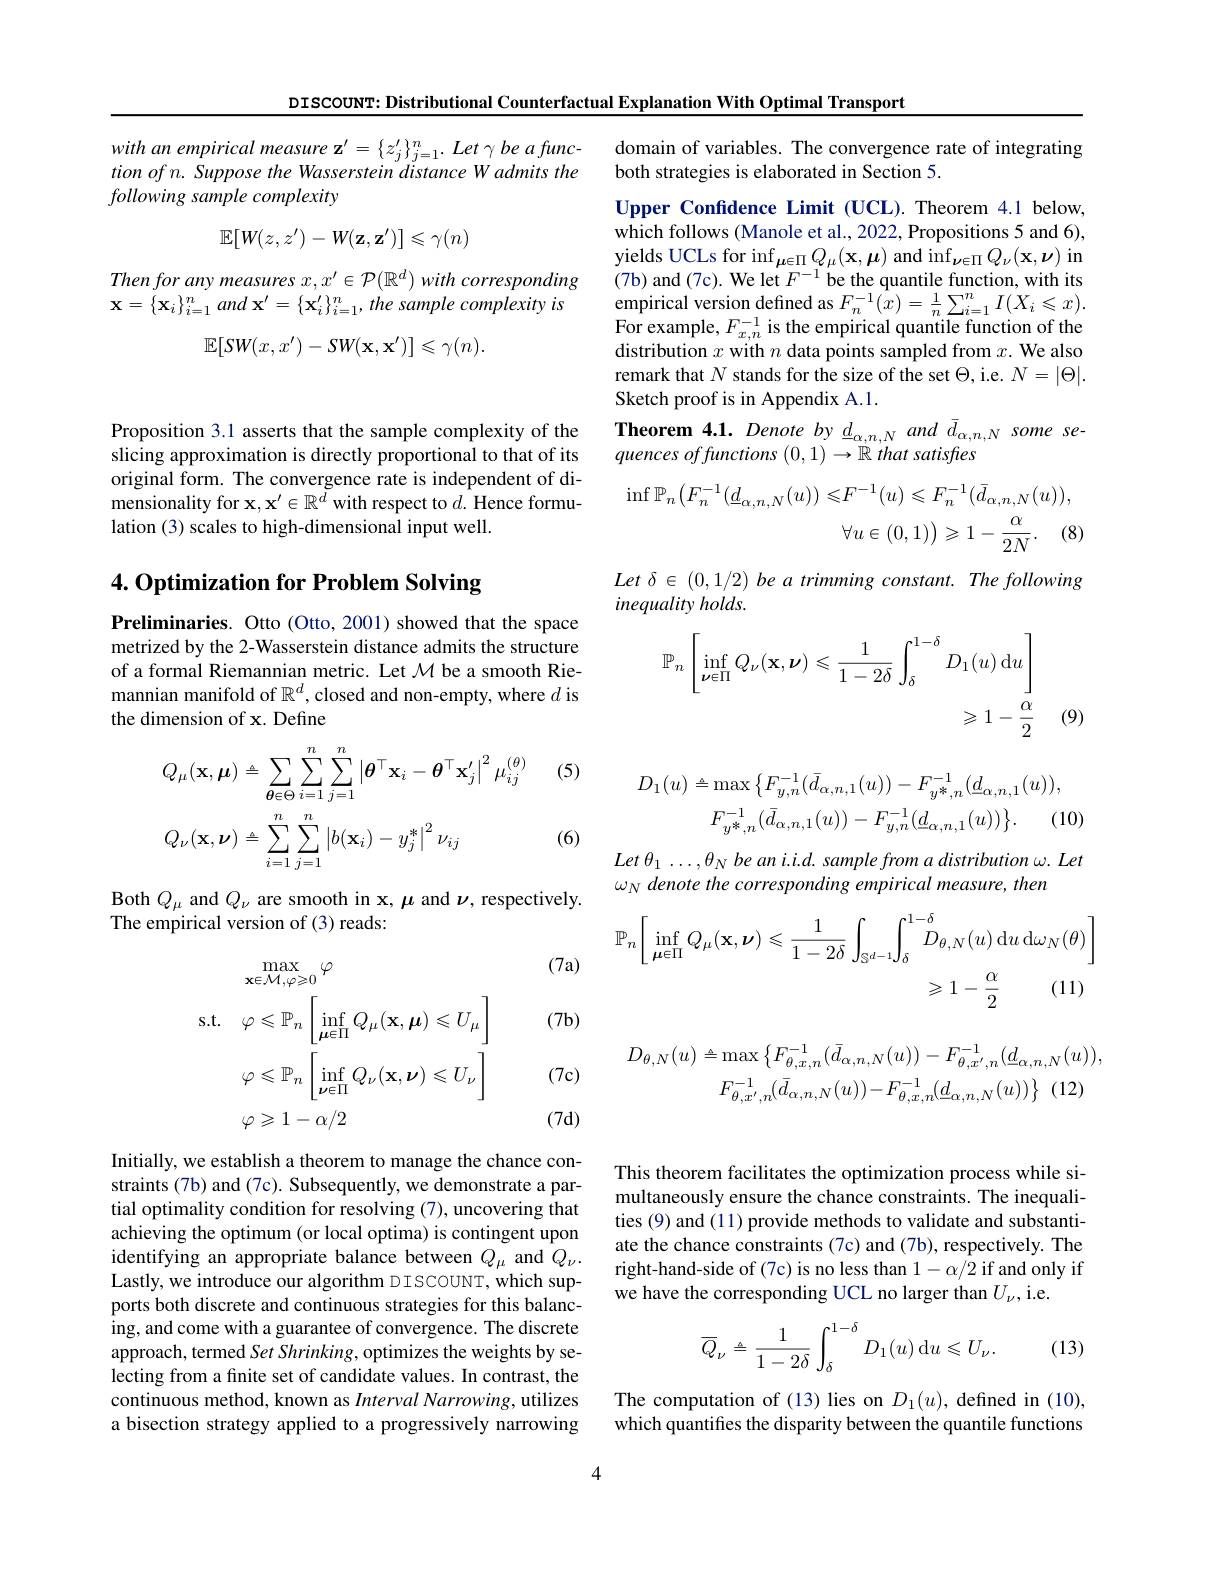
DISCOUNT: Distributional Counterfactual Explanation With Optimal Transport

Proposition 3.1 asserts that the sample complexity of the slicing approximation is directly proportional to that of its original form. The convergence rate is independent of dimensionality for $\mathbf{x},\mathbf{x}^\prime\in\mathbb{R}^d$ with respect to $d.$ Hence formulation (3) scales to high-dimensional input well.

# 4. Optimization for Problem Solving

Preliminaries. Otto (Otto, 2001) showed that the space metrized by the 2-Wasserstein distance admits the structure of a formal Riemannian metric. Let $\mathcal{M}$ be a smooth Riemannian manifold of $\mathbb{R}^d$, closed and non-empty, where $d$ is the dimension of x. Define

(5)
$$\begin{aligned}&Q_{\mu}(\mathbf{x},\boldsymbol{\mu})\triangleq\sum_{\boldsymbol{\theta}\in\Theta}\sum_{i=1}^{n}\sum_{j=1}^{n}\left|\boldsymbol{\theta}^{\top}\mathbf{x}_{i}-\boldsymbol{\theta}^{\top}\mathbf{x}_{j}^{\prime}\right|^{2}\mu_{ij}^{(\theta)}\\&Q_{\nu}(\mathbf{x},\boldsymbol{\nu})\triangleq\sum_{i=1}^{n}\sum_{j=1}^{n}\left|b(\mathbf{x}_{i})-y_{j}^{*}\right|^{2}\nu_{ij}\end{aligned}$$
(6)

Both $Q_\mu$ and $Q_\nu$ are smooth in x, $\mu$ and $\nu$, respectively.
The empirical version of (3) reads:

(7a)

(7b)
$$\begin{aligned}&\operatorname*{max}_{\mathbf{x}\in\mathcal{M},\varphi\geqslant0}\varphi\\\mathrm{s.t.}&\varphi\leqslant\mathbb{P}_{n}\left[\operatorname*{inf}_{\boldsymbol{\mu}\in\Pi}Q_{\mu}(\mathbf{x},\boldsymbol{\mu})\leqslant U_{\mu}\right]\\&\varphi\leqslant\mathbb{P}_{n}\left[\operatorname*{inf}_{\boldsymbol{\nu}\in\Pi}Q_{\nu}(\mathbf{x},\boldsymbol{\nu})\leqslant U_{\nu}\right]\\&\varphi\geqslant1-\alpha/2\end{aligned}$$
(7c)

(7d)

Initially, we establish a theorem to manage the chance constraints (7b) and (7c). Subsequently, we demonstrate a partial optimality condition for resolving (7), uncovering that achieving the optimum (or local optima) is contingent upon identifying an appropriate balance between $Q_\mu$ and $Q_\nu.$ Lastly, we introduce our algorithm DISCOUNT, which supports both discrete and continuous strategies for this balancing, and come with a guarantee of convergence. The discrete approach, termed Set Shrinking, optimizes the weights by selecting from a finite set of candidate values. In contrast, the continuous method, known as Interval Narrowing, utilizes a bisection strategy applied to a progressively narrowing

tion of n. Suppose the Wasserstein distance W admits the following sample complexity
$$\mathbb{E}[W(z,z^{\prime})-W(\mathbf{z},\mathbf{z}^{\prime})]\leqslant\gamma(n)$$
Then for any measures $x,x^\prime\in\mathcal{P}(\mathbb{R}^d)$ with corresponding $\mathbf{x} = \{ \mathbf{x} _{i}\} _{i= 1}^{n}and\mathbf{x} ^{\prime }= \{ \mathbf{x} _{i}^{\prime }\} _{i= 1}^{n}, the$ sample complexity $is$
$$\mathbb{E}[SW(x,x')-SW(\mathbf{x},\mathbf{x}')]\leqslant\gamma(n).$$
domain of variables. The convergence rate of integrating
both strategies is elaborated in Section 5.

Upper Confidence Limit (UCL). Theorem 4.1 below, which follows (Manole et al., 2022, Propositions 5 and 6), $\begin{array}{l}{\mathrm{yields~UCLs~for~inf}_{\mu\in\Pi}Q_{\mu}(\mathbf{x},\boldsymbol{\mu})\mathrm{~and~inf}_{\nu\in\Pi}Q_{\nu}(\mathbf{x},\boldsymbol{\nu})\mathrm{~in}}\\{\mathrm{(7b)~and~(7c).~We~let~}F^{-1}\mathrm{be~the~quantile~function,~with~its}}\end{array}$ $\underset{\Gamma}{\operatorname*{\operatorname*{empirical}}}$version defined as$F_n^{-1}(\hat{x})=\frac1n\sum_{i=1}^{n}I(X_i\leqslant x).$ $\begin{array}{l}\mathrm{For~example,~}F_{x,n}^{-1}\text{ is the empirical quantile function of the}\\\mathrm{distribution~}x\text{ with }n\text{ data points sampled from }x.\text{ We also}\end{array}$ remark that $N$ stands for the size of the set $\Theta$,i.e. $N=|\Theta|.$ Sketch proof is in Appendix A.1.
Theorem 4.1. Denote by $\underline d_{\alpha,n,N}$ and $\bar{d}_{\alpha,n,N}$ some se-
quences offunctions (0,1) → R that satisfies
$$\begin{aligned}\inf\mathbb{P}_n\big(F_n^{-1}(\underline{d}_{\alpha,n,N}(u))\leqslant&F^{-1}(u)\leqslant F_n^{-1}(\bar{d}_{\alpha,n,N}(u)),\\&\forall u\in(0,1)\big)\geqslant1-\frac{\alpha}{2N}.\quad(8)\end{aligned}$$
$Let\delta\in(0,1/2)$ be a trimming constant. The following
inequality holds.
$$\begin{aligned}\mathbb{P}_{n}\left[\inf_{\boldsymbol{\nu}\in\Pi}Q_{\nu}(\mathbf{x},\boldsymbol{\nu})\leqslant\frac{1}{1-2\delta}\int_{\delta}^{1-\delta}D_{1}(u)\:\mathrm{d}u\right]\\\geqslant1-\frac{\alpha}{2}\end{aligned}$$
(9)
$$D_{1}(u)\triangleq\max\big\{F_{y,n}^{-1}(\bar{d}_{\alpha,n,1}(u))-F_{y^{*},n}^{-1}(\underline{d}_{\alpha,n,1}(u)),\\F_{y^{*},n}^{-1}(\bar{d}_{\alpha,n,1}(u))-F_{y,n}^{-1}(\underline{d}_{\alpha,n,1}(u))\big\}.\quad(1$$
$Let\theta_{1}\ldots,\theta_{N}$ be an i.i.d. sample from a distribution $\omega.Let$
$\omega _N\textit{ denote the corresponding empirical measure, then}$
$$\begin{aligned}\mathbb{P}_{n}\bigg[\inf_{\mu\in\Pi}Q_{\mu}(\mathbf{x},\boldsymbol{\nu})\leqslant\frac{1}{1-2\delta}\int_{\mathbb{S}^{d-1}}\int_{\delta}^{1-\delta}D_{\theta,N}(u)\:\mathrm{d}u\:\mathrm{d}\omega_{N}(\theta)\bigg]\\&\geqslant1-\frac{\alpha}{2}\quad(11)\end{aligned}$$
$$D_{\theta,N}(u)\triangleq\max\left\{F_{\theta,x,n}^{-1}(\bar{d}_{\alpha,n,N}(u))-F_{\theta,x^{\prime},n}^{-1}(\underline{d}_{\alpha,n,N}(u)),\\F_{\theta,x^{\prime},n}^{-1}(\bar{d}_{\alpha,n,N}(u))-F_{\theta,x,n}^{-1}(\underline{d}_{\alpha,n,N}(u))\right\}\:(12)$$
This theorem facilitates the optimization process while simultaneously ensure the chance constraints. The inequalities (9) and (11) provide methods to validate and substantiate the chance constraints (7c) and (7b), respectively. The right-hand-side of (7c) is no less than $1-\alpha/2$ if and only if we have the corresponding UCL no larger than $U_\nu$,i.e.
$$\overline{Q}_{\nu}\triangleq\frac{1}{1-2\delta}\int_{\delta}^{1-\delta}D_{1}(u)\:\mathrm{d}u\leqslant U_{\nu}.$$
(13)

The computation of (13) lies on $D_1(u)$, defined in (10), which quantifies the disparity between the quantile functions

4